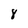
Character: 8